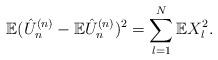
LaTeX: \begin{align*}\mathbb{E}(\hat{U}^{(n)}_n -\mathbb{E}\hat{U}^{(n)}_{n})^2 = \sum_{l=1}^{N}\mathbb{E}X_l^2.\end{align*}